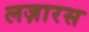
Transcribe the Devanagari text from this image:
लज़ारस